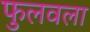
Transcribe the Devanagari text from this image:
फुलवला